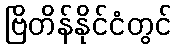
ဗြိတိန်နိုင်ငံတွင်